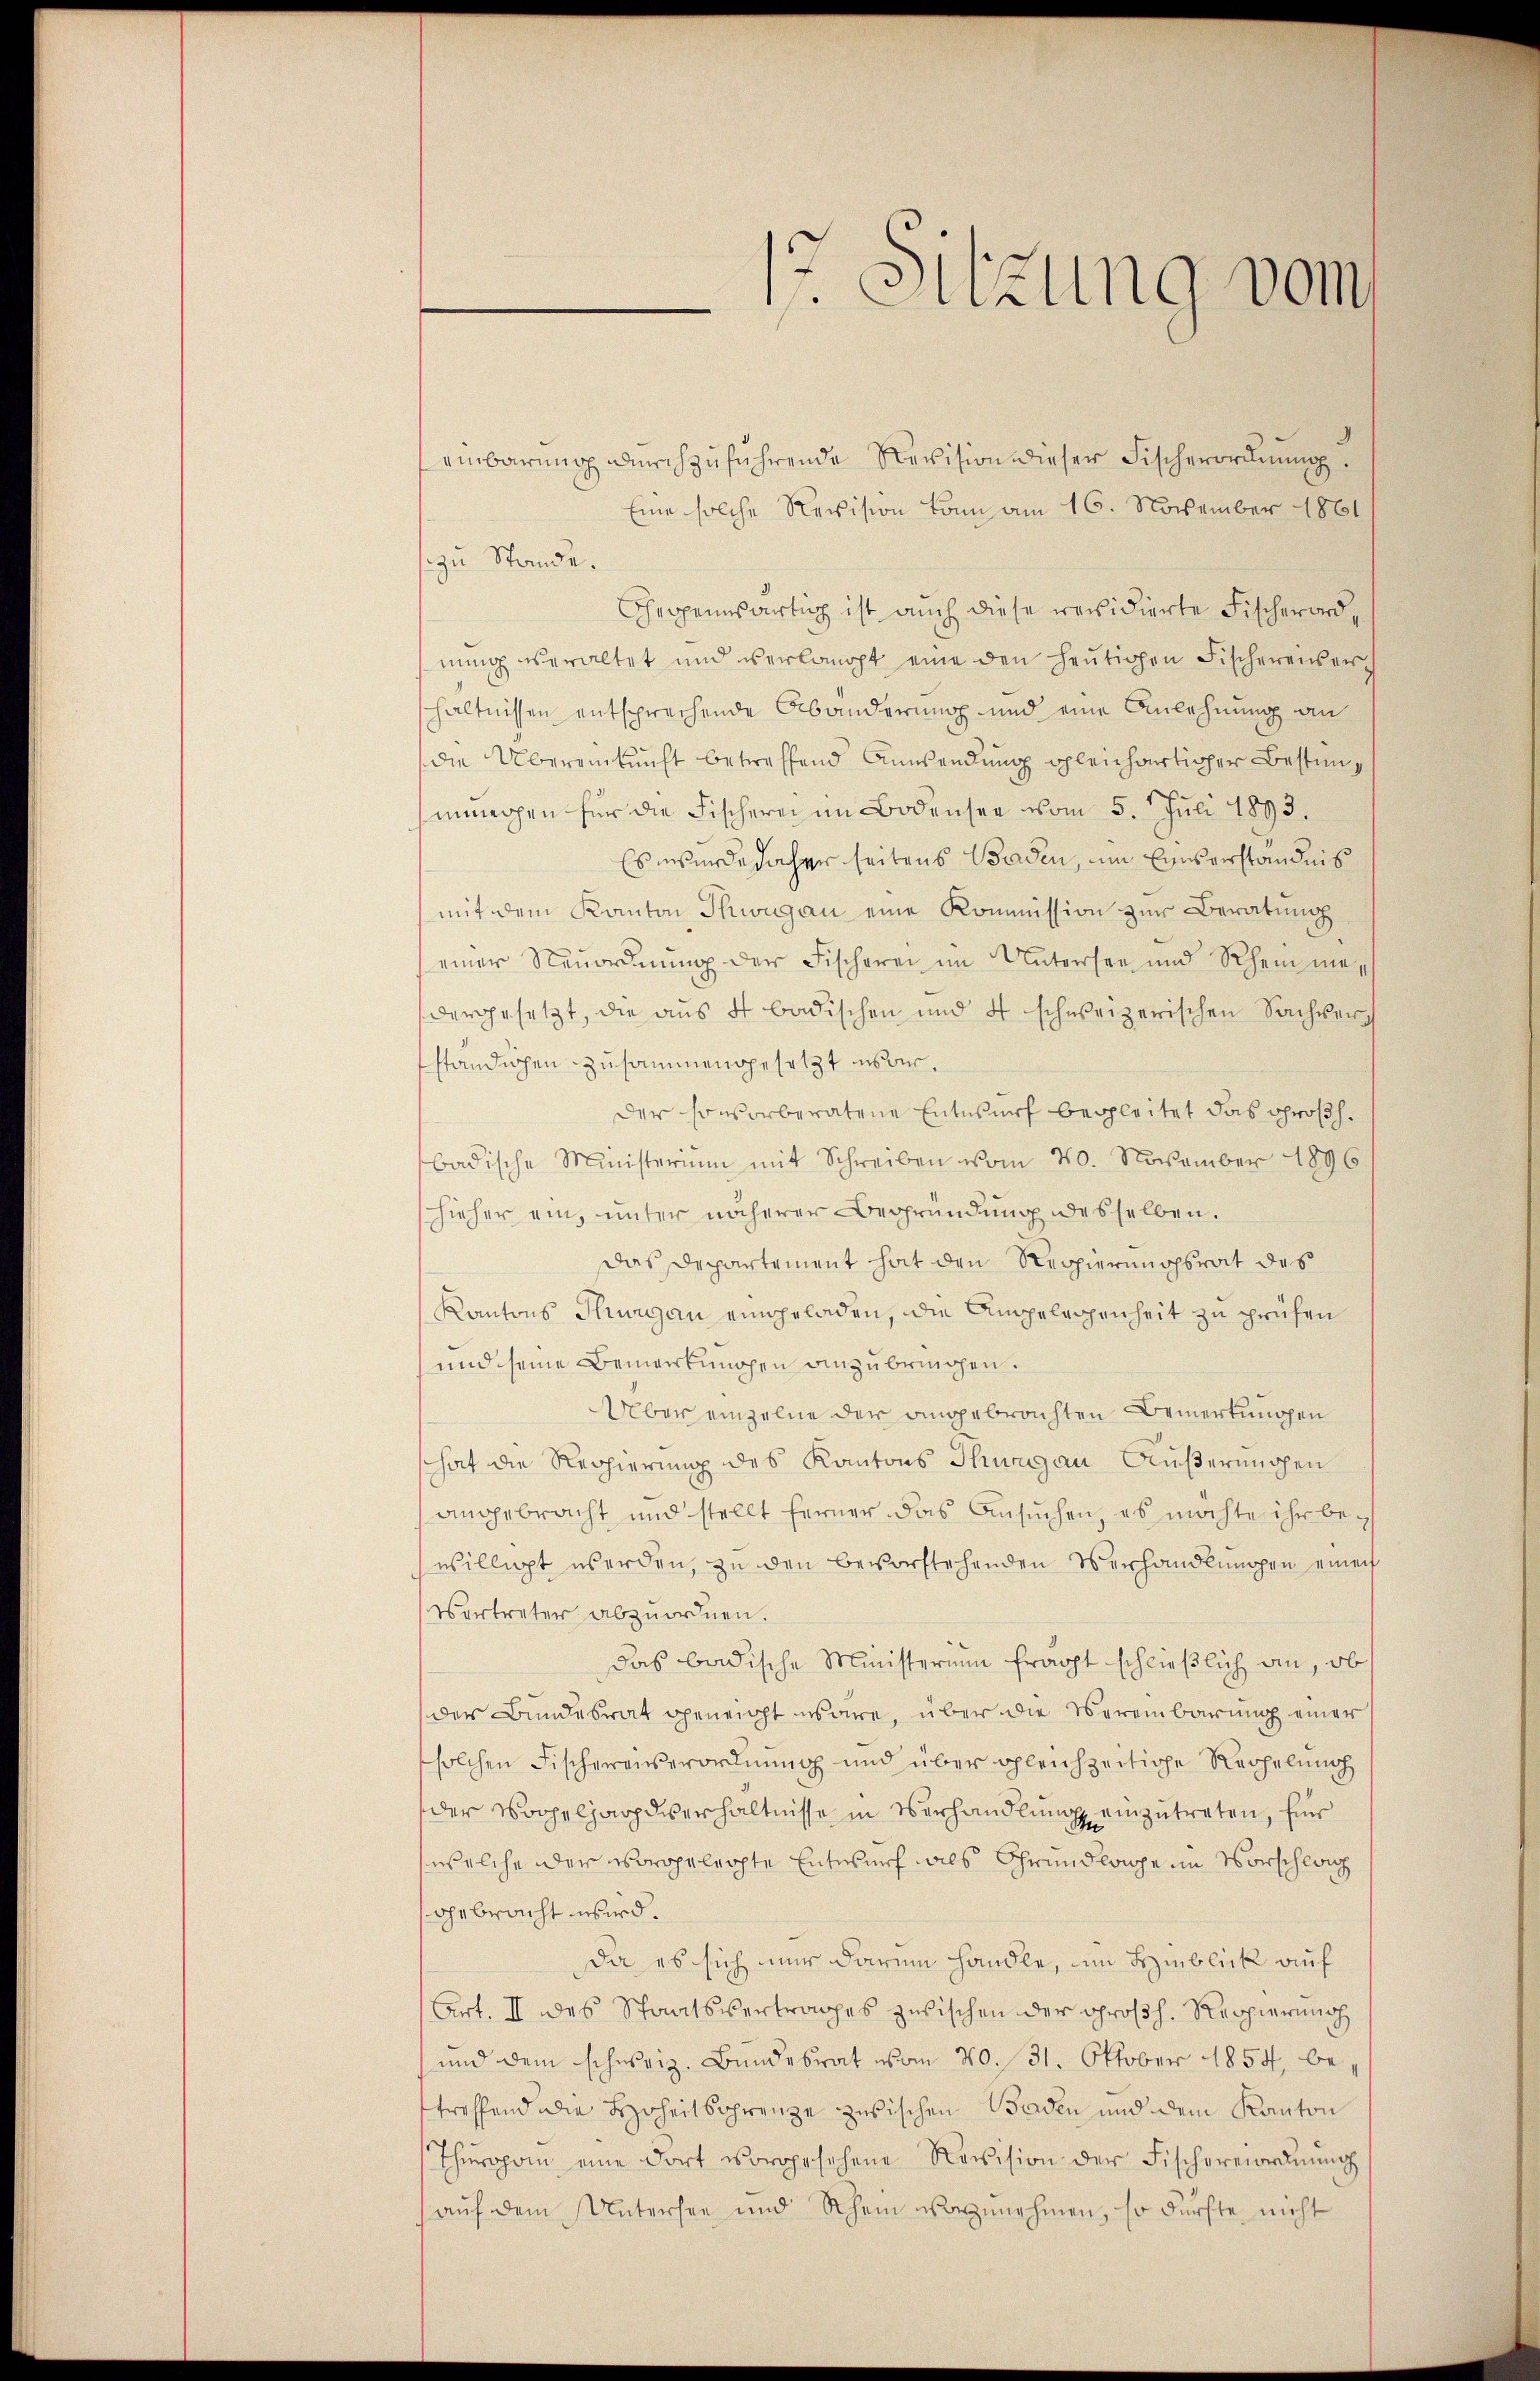
einbarŭng dŭrchzŭführende Revision dieser Fischerordnung.
Eine solche Revision kann am 16. November 1861
zu Stande.
hegenwärtig ist auch diese revidierte Fischerordnŭng veraltet und verlangt eine den heŭtigen Fischereiner-
hältnissen entsprechende Abänderung und eine Anlehnung an
die Übereinkunft betreffend Anwendung gleichartiger Bestimimergen für die Fischern im Bodensee vom 5. Juli 1893.
Es wurde daher seitens Baden, um Einsverständnis
mit dem Kanton Thwigau eine Kommission zur Beratung
einer Neuordnung der Fischerei im Untersen und Rhein mei
vergesetzt, die aus 4 badischen und 4 schweizerischen Sachver
ständigen zusammengesetzt über.
der so vorberatene Entwurf begleitet das Großh.
badische Ministerium mit Schreiben vom 20. November 1896
hieher ein, unter näherer Begründung desselben.
das Departement hat den Regierungsrat des
Kantons Thurgau eingeladen, die Angelegenheit zu prüfen
und seine Bemerkungen anzubringen.
Über einzelne der angebrachten Bemerkungen
hat die Regierung des Kantons Thurgau Außerungen
angebracht und stellt ferner das Ansŭchen, es möchte ihr bewilligt werden, zu den bevorstehenden Verhandlungen einen
Vertreter abzuordnen.
das badische Ministerium fragt schließlich an, ob
der Bundesrat geneigt wäre, über die Vereinbarung einer
solchen Fischerenserordnung und über gleichzeitige Rechelung
der Wochelhardverhältnisse in Verhandlung einzutreten, für
welche der vorgelegte Entersuch als Grundlage im Vorschlag
gebracht wird.
Da es sich nur darum handle, im Hinblick auf
Art. II des Staatsvertrages zwischen der Großh. Reppierung
und dem schweiz. Bundesrat vom 20. 31. Oktober 1854, betreffend die Hoheitsgrenze zwischen Baden und dem Kanton
Thŭropon eine dort vorgesehene Revision der Fischermordnŭng
(auf dem Untersee und Rhein vorzunehmen, so dürfte nicht

17. Sitzung vom